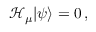
\mathcal { H } _ { \mu } \vert \psi \rangle = 0 \, ,